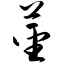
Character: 茎